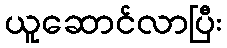
ယူဆောင်လာပြီး